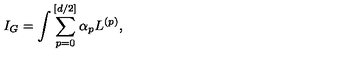
I _ { G } = \int \sum _ { p = 0 } ^ { [ d / 2 ] } \alpha _ { p } L ^ { ( p ) } ,